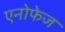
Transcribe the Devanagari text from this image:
एनोफेज